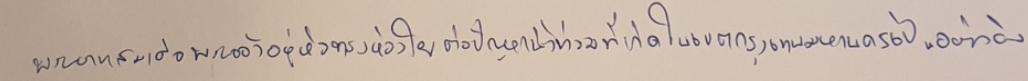
พระบาทสมเด็จพระเจ้าอยู่หัวทรงห่วงใยต่อปัญหาน้ำท่วมที่เกิดในเขตกรุงเทพมหานครเป็นอย่างยิ่ง